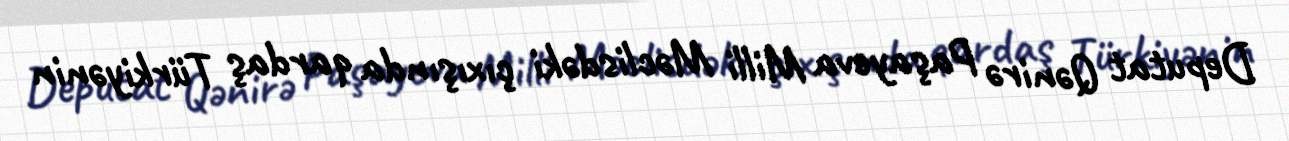
Deputat Qənirə Paşayeva Milli Məclisdəki çıxışında qardaş Türkiyənin